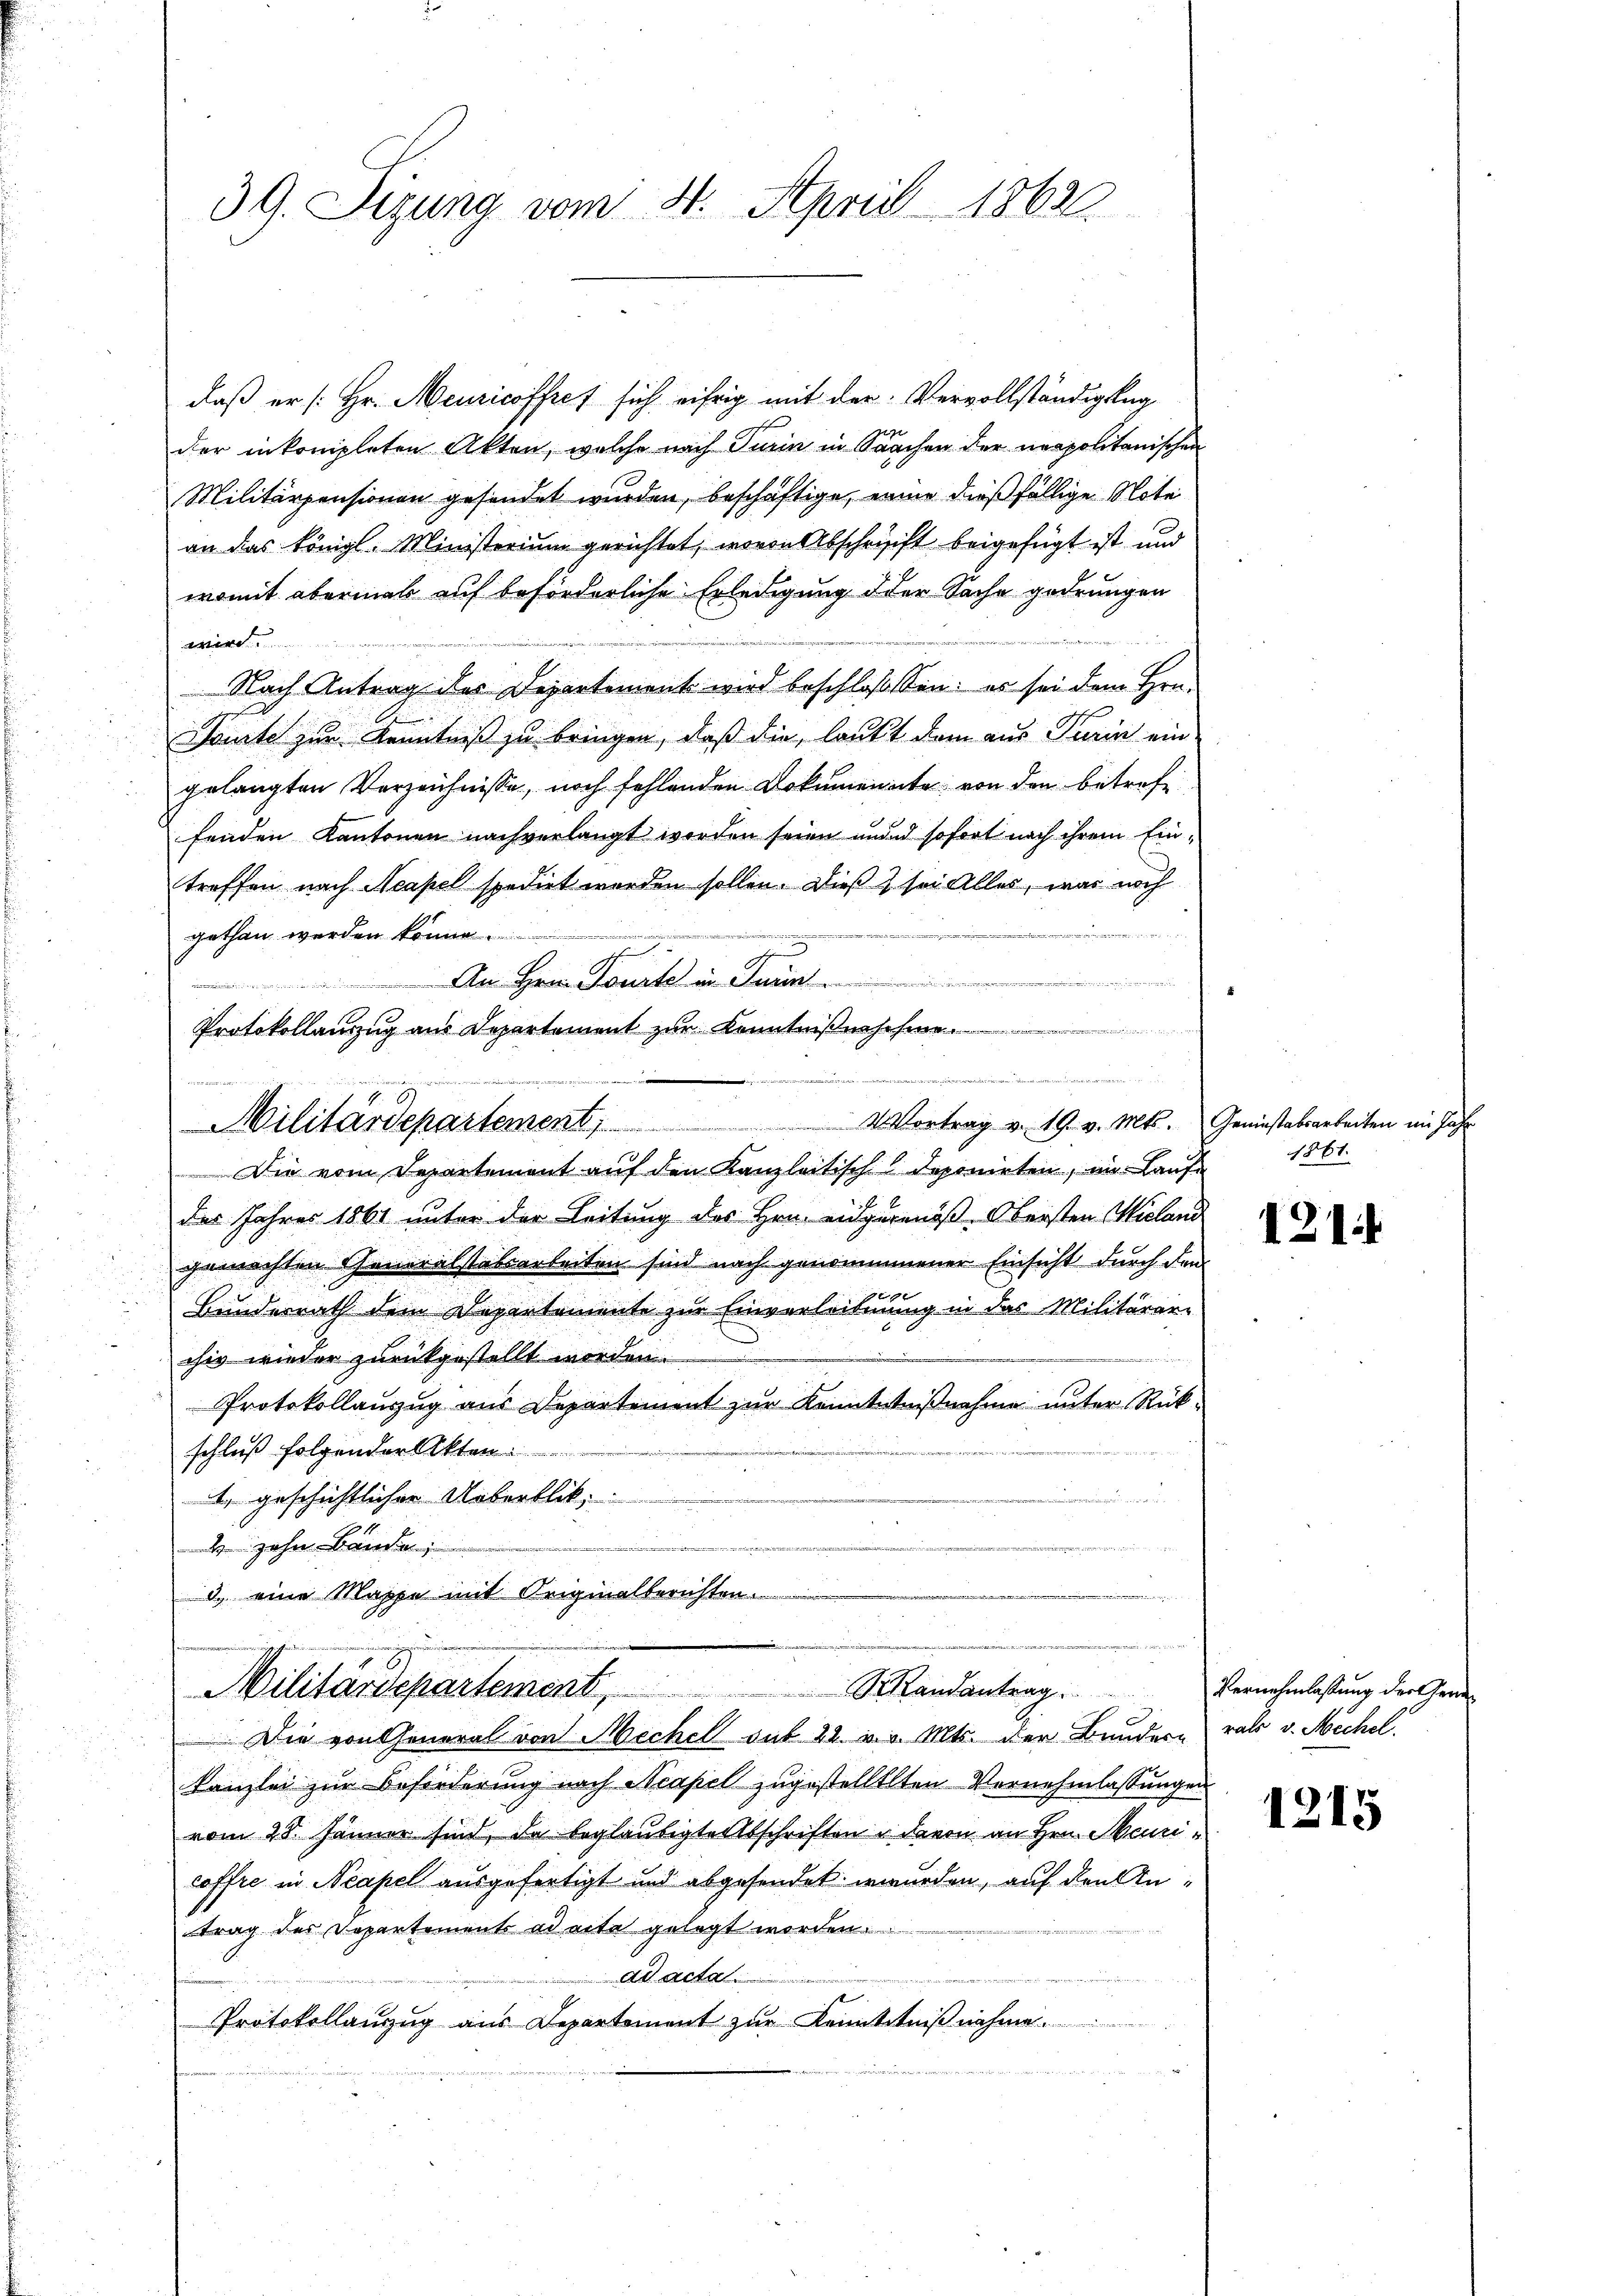
daß er [Hr. Meuricoffres sich eifrig mit der Vervollständigkeg
der inkompleten Akten, welche nach Turin in Sachen der neapolitanischen
Militärpensionen gesendet wurden, beschäftige, erner dießfällige Note
an das Königl. Ministerium gerichtet, wovon Abschrift beigefügt ist und
womit abermal auf beforderliche Erledigung der Sache gedrungen
e
Nach Antrag des Departement wird beschloßen: es sei dem Hrn.
Toute zur Kenntniß zu bringen, daß die, lauft dem aus Turin ein
gelangten Verzeichnisse, noch fehlenden Dokumenate von den betref
fenden Kantonen nachverlangt worden seien mund sofort nach ihrem Eintreffen nach Neapel spedirt worden sollen. Dieß sei Alles, was noch
.
gethan werden könne
An Hrn. Toute in Turin
Protokollauszug aus Departement zur Kenntnißenschme
d
 4 Vortrag v. 19. v. Mts. Geniestabsarbeiten im Jahr
Militärdepartement,
Die vom Departement auf den Kanzleitisch deponirten, im Laufe
der Jahres 1861 unter der Leitung des Hrn. Eidgegenöß Obersten Wieland
gemachten Generalstabsarbeiten sind nach genommener Einsicht durch den
xx
Bundesrath dem Departemente zur Einverleitung in das Militärer-
chiv wieder zurückgestellt worden.
Protokollauszug aus Departement zur Kenntnißnahme unter Rückschluß folgender Akten
1. geschichtlicher Ueberblik
e
 zehn Bände
3. eine Mappe mit Originalberichten.

39. Sizung vom 4. April 1862

Militärdepartement, Mandantrag.

Die von General von Mechell sub 22. v. v. Mts. der Bundern rats v. Michel
Kanzlei zur Beförderung nach Neapel zugestelltlten Vernehmlassungen
vom 28. Jänner sind, da beglaubigte Abschriften u davon an Hrn. Meuricoffre in Neapel ausgefertigt und abgesendet wurden, auf den Antrag des Departements ad eite gelegt worden.
ad acta.
Protokollanzug aus Departement zur Kenntntniß nehme.

1861.

121

Vernehmlassung der Gene¬

1215